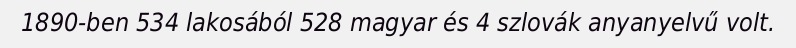
1890-ben 534 lakosából 528 magyar és 4 szlovák anyanyelvű volt.